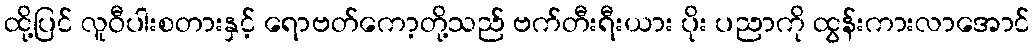
ထို့ပြင် လူဝီပါးစတားနှင့် ရောဗတ်ကော့တို့သည် ဗက်တီးရီးယား ပိုး ပညာကို ထွန်းကားလာအောင်